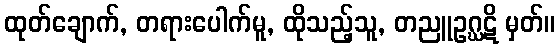
ထုတ်ချောက်, တရားပေါက်မူ, ထိုသည့်သူ, တညူဥဂ္ဃဋိ မှတ်။